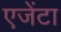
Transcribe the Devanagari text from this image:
एजेंटा